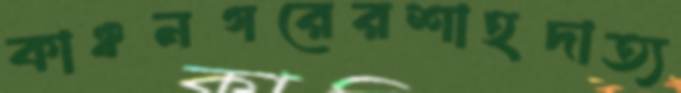
কাঞ্চনগরেরশাহদাত্য